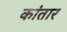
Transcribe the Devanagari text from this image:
कांतार